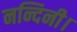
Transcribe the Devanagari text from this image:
नन्दिनी।